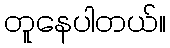
တူနေပါတယ်။